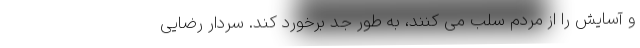
و آسایش را از مردم سلب می کنند، به طور جد برخورد کند. سردار رضایی